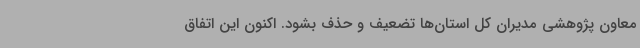
معاون پژوهشی مدیران کل استان‌ها تضعیف و حذف بشود. اکنون این اتفاق